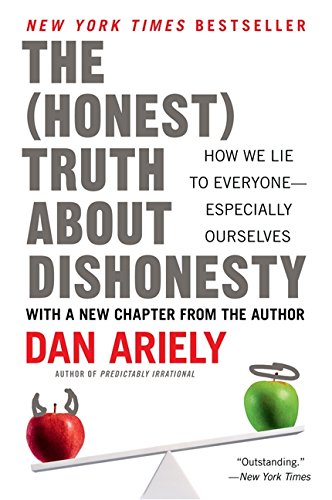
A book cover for The Honest Truth About Dishonesty: How We Lie to Everyone--Especially Ourselves; Dan Ariely; Medical Books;